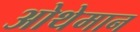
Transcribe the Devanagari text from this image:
ओथेमान